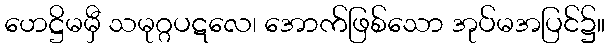
ဟေဋ္ဌိမမှီ သမုဂ္ဂပဋလေ၊ အောက်ဖြစ်သော အုပ်မအပြင်၌။